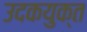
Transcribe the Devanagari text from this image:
उदकयुक्त